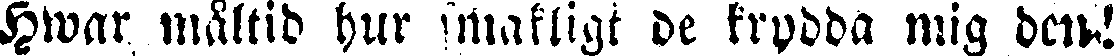
Hwar måltid hur smakligt de krydda mig den!